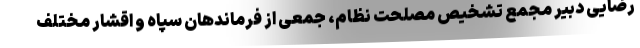
رضایی دبیر مجمع تشخیص مصلحت نظام، جمعی از فرماندهان سپاه و اقشار مختلف